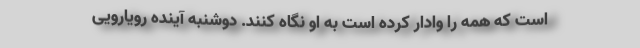
است که همه را وادار کرده است به او نگاه کنند. دوشنبه آینده رویارویی